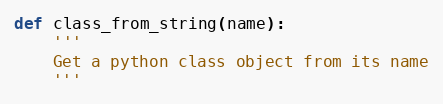
Language: Python
def class_from_string(name):
    '''
    Get a python class object from its name
    '''